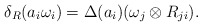
\begin{align*}\delta_R (a_i\omega_i)= \Delta(a_i)(\omega_j \otimes R_{ji}).\end{align*}